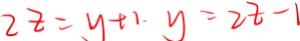
2 z = y + 1 . y = 2 z - 1